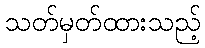
သတ်မှတ်ထားသည့်